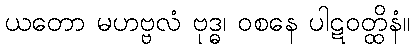
ယတော မဟဗ္ဗလံ ဗုဒ္ဓ၊ ဝစနေ ပါဋဝတ္ထိနံ။